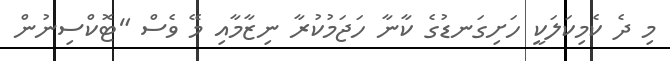
މި ދެ ކެމިކަލަކީ ހަށިގަނޑުގެ ކާނާ ހަޖަމުކުރާ ނިޒާމާއި މޭ ވެސް "ޓޮކްސިނުން